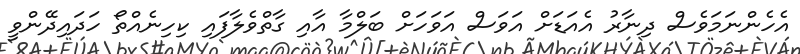
އެހެންނަމަވެސް ދިނާރު އެއަޑަށް އަވަސް އަވަހަށް ބަލްމާ އާއި ގާތްވެލާފައި ކިހިނެއްތޯ ހަދައިދޭންވީ